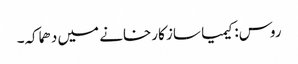
روس: کیمیا ساز کارخانے میں دھماکہ۔